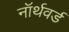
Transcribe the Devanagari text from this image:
नॉर्थवर्ड